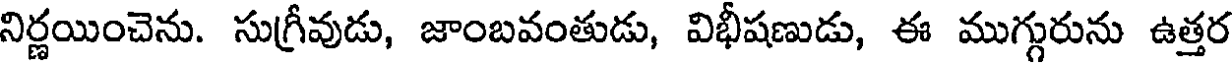
నిర్ణయించెను. సుగ్రీవుడు, జాంబవంతుడు, విభీషణుడు, ఈ ముగ్గురును ఉత్తర